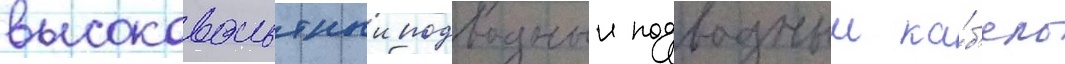
высоковольтныи подводныи подводныи ка́б'ель